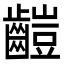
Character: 䶣